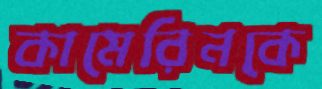
কামেরিনকে